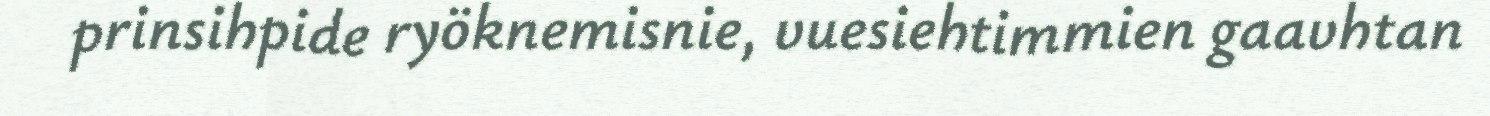
prinsihpide ryöknemisnie, vuesiehtimmien gaavhtan